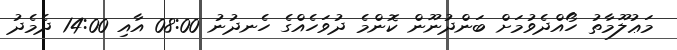
މަޢުލޫމާތު ހޯއްދެވުމަށް ބަންދުނޫން ކޮންމެ ދުވަހެއްގެ ހެނދުނު 08:00 އާއި 14:00 ދެމެދު